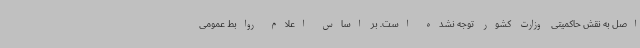
اصل به نقش حاکمیتی وزارت کشور توجه نشده است. بر اساس اعلام روابط عمومی